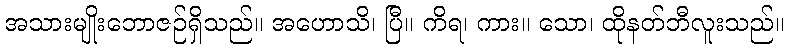
အသားမျိုးဘောဇဉ်ရှိသည်။ အဟောသိ၊ ပြီ။ ကိရ၊ ကား။ သော၊ ထိုနတ်ဘီလူးသည်။